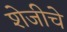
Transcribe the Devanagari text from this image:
शेजीचे